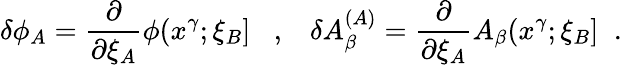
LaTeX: \delta\phi_{A}=\frac{\partial}{\partial\xi_{A}}\phi(x^{\gamma};\xi_{B}]\; \; \; ,\; \; \; \delta A_{\beta}^{(A)}=\frac{\partial}{\partial\xi_{A}}A_{\beta}(x^{\gamma};\xi_{B}]\; \; .